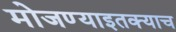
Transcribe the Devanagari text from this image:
मोजण्याइतक्याच